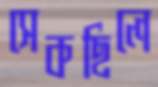
সেকছিলে